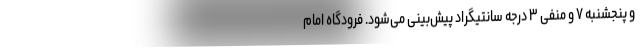
و پنجشنبه ۷ و منفی ۳ درجه سانتیگراد پیش‌بینی می‌شود. فرودگاه امام